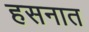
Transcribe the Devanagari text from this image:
हसनात